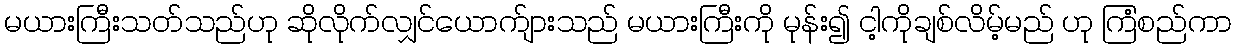
မယားကြီးသတ်သည်ဟု ဆိုလိုက်လျှင်ယောက်ျားသည် မယားကြီးကို မုန်း၍ ငါ့ကိုချစ်လိမ့်မည် ဟု ကြံစည်ကာ